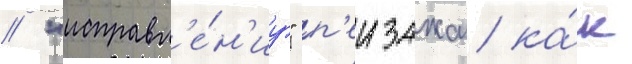
// "исправл'е́н'иу" п'еизажа ка́к